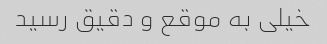
خیلی به موقع و دقیق رسید